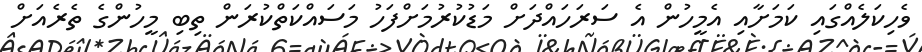
ވެހިކަލެއްގައި ކަމަށާއި އެމީހުން އެ ސަރަހައްދަށް މަޑުކުރުމަށްފަހު މަސައްކަތްކުރަން ތިބި މީހުންގެ ތެރެއަށް